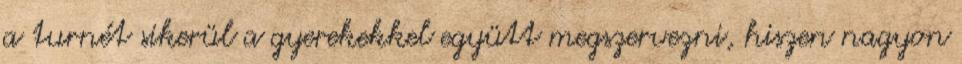
a turnét sikerül a gyerekekkel együtt megszervezni, hiszen nagyon